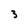
Character: 3